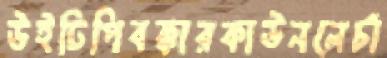
উইঢিপিবক্কারকাউনলেচাঁ